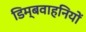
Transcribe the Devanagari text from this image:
डिम्बवाहनियों